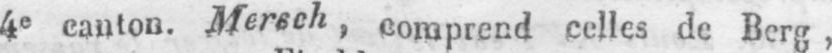
4e canton. Mersch, comprend celles de Berg,